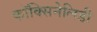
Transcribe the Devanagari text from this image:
कॉक्सिनेलिडी